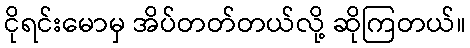
ငိုရင်းမောမှ အိပ်တတ်တယ်လို့ ဆိုကြတယ်။